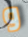
و